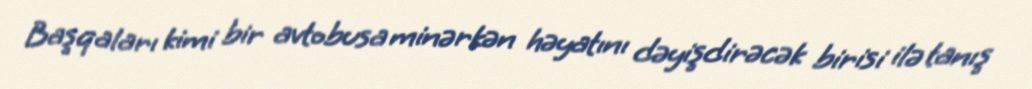
Başqaları kimi bir avtobusa minərkən həyatını dəyişdirəcək birisi ilə tanış